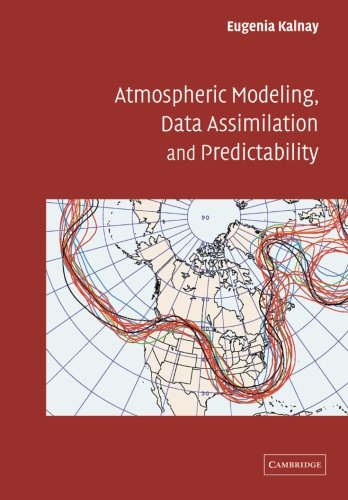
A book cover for Atmospheric Modeling, Data Assimilation and Predictability; Eugenia Kalnay; Science & Math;